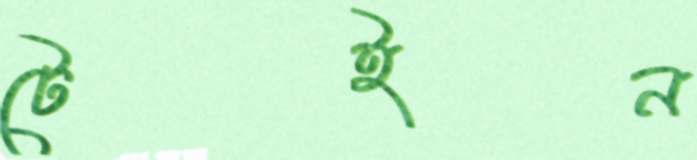
টেইন